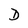
Character: D